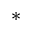
*